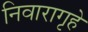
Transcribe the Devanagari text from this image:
निवारागृहे